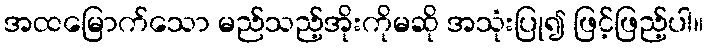
အထမြောက်သော မည်သည့်အိုးကိုမဆို အသုံးပြု၍ ဖြင့်ဖြည့်ပါ။